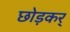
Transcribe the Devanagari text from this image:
छोड़कर्